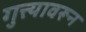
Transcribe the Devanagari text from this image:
गुत्त्यावरून